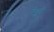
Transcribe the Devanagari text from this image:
नेथुट्टी